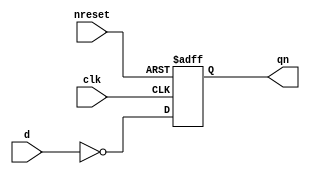
//#############################################################################
//# Function:  Positive edge-triggered static inverting D-type flop-flop with #
//             async active low reset.                                        #
//# Copyright: Lambda Project Authors. All rights Reserved.                   #
//# License:   MIT (see LICENSE file in Lambda repository)                    #
//#############################################################################

module la_dffrqn #(
    parameter PROP = "DEFAULT"
) (
    input      d,
    input      clk,
    input      nreset,
    output reg qn
);

    always @(posedge clk or negedge nreset)
        if (!nreset) qn <= 1'b1;
        else qn <= ~d;

endmodule